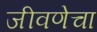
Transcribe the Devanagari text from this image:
जीवणेचा